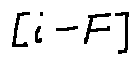
[ i - F ]